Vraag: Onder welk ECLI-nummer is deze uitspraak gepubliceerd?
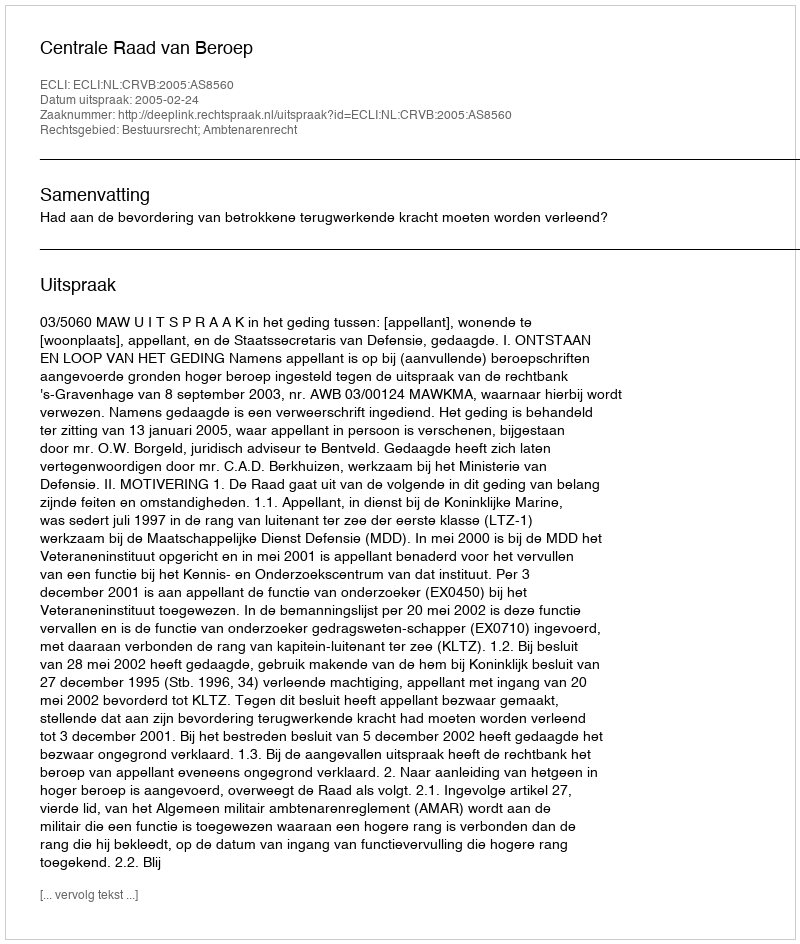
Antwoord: ECLI:NL:CRVB:2005:AS8560